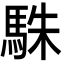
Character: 駯